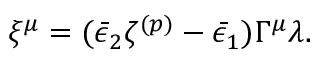
\xi ^ { \mu } = ( \bar { \epsilon } _ { 2 } \zeta ^ { ( p ) } - \bar { \epsilon } _ { 1 } ) \Gamma ^ { \mu } \lambda .